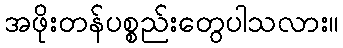
အဖိုးတန်ပစ္စည်းတွေပါသလား။